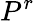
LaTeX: P^{r}